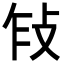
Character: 𢼎